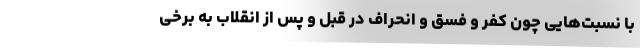
با نسبت‌هایی چون کفر و فسق و انحراف در قبل و پس از انقلاب به برخی